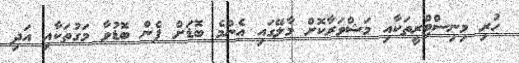
ހުރި މިނިސްޓްރީތަކާއި މަޝްވަރާކޮށް މާލޭގައި އެންމެ ބޮޑަށް ފެން ބޮޑުވާ މަގުތަކާއި އަދި